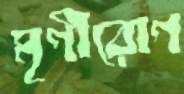
মৃগীরোগ